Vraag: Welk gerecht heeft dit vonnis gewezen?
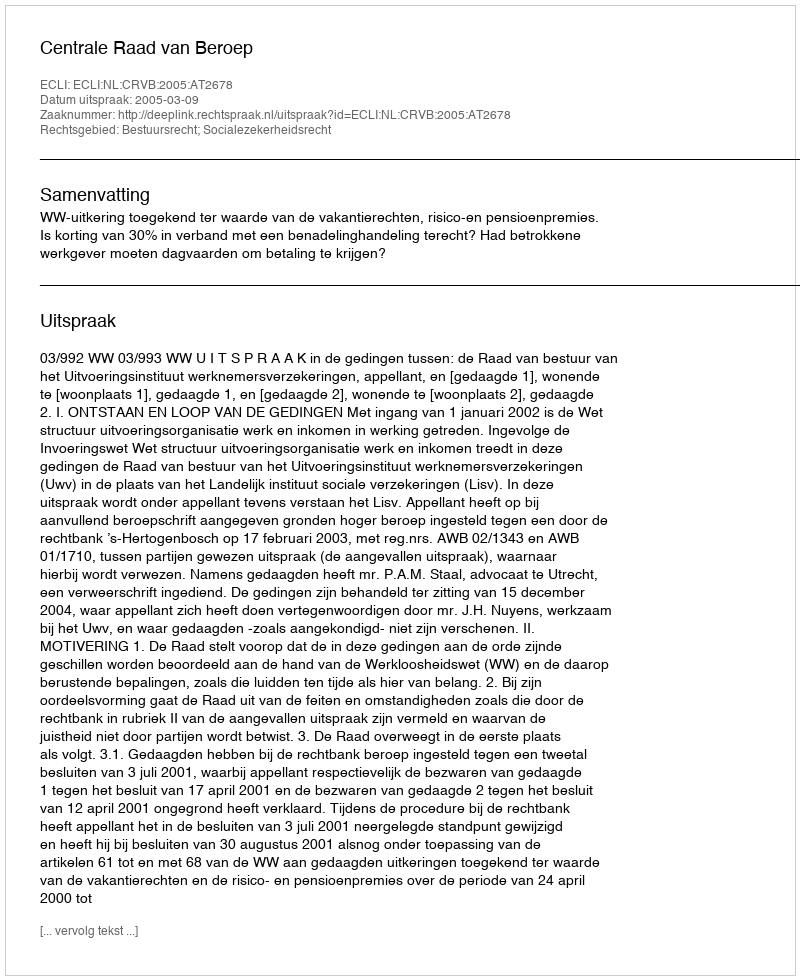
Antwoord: Centrale Raad van Beroep